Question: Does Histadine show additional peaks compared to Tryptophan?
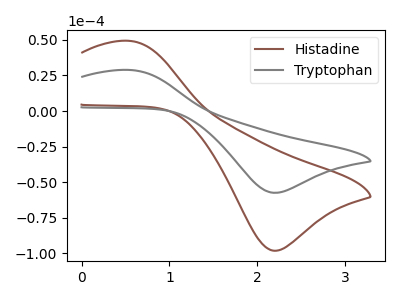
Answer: <think>The brown curve "Histadine" has an anodic peak at (0.55V, 49.20uA) and a cathodic peak at (2.20V, -98.10uA). The gray curve "Tryptophan" has an anodic peak at (0.55V, 28.80uA) and a cathodic peak at (2.20V, -57.45uA).
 All the peaks in "Histadine" have a peak in "Tryptophan" at the same potential. Every peak in "Histadine" is higher than every peak in "Tryptophan".</think>
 <answer>No, "Histadine" and "Tryptophan" don't appear to be significantly different in shape</answer>
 <eval>no_change</eval>